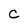
Character: c